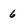
Character: 6